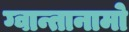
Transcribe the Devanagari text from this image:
ग्वान्तानामो